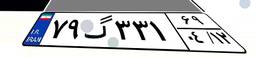
۹۱گ۳۳۶۱۹